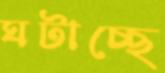
ঘটাচ্ছে